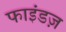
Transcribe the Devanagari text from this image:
फाइंडज़